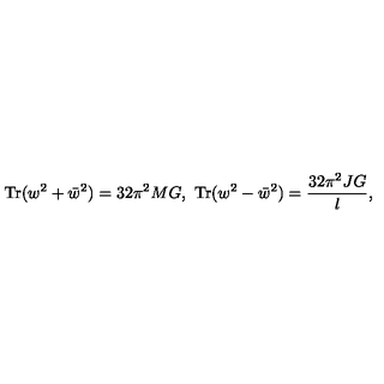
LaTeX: \mathrm { T r } ( w ^ { 2 } + \bar { w } ^ { 2 } ) = 3 2 \pi ^ { 2 } M G , \ \mathrm { T r } ( w ^ { 2 } - \bar { w } ^ { 2 } ) = { \frac { 3 2 \pi ^ { 2 } J G } { l } } ,